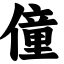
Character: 僮